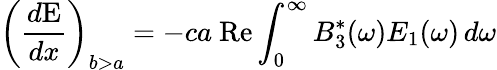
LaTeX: \left(\frac{d\mathrm{{E}}}{dx}\right)_{b>a}=-ca~\textrm{Re}\int_{0}^{\infty}B_{3}^{\ast}(\omega)E_{1}(\omega)\, d\omega